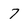
Character: 7